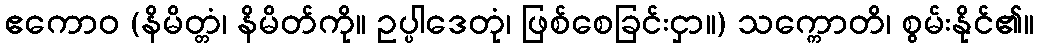
ဧကောဝ (နိမိတ္တံ၊ နိမိတ်ကို။ ဥပ္ပါဒေတုံ၊ ဖြစ်စေခြင်းငှာ။) သက္ကောတိ၊ စွမ်းနိုင်၏။